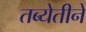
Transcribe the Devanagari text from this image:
तब्येतीने